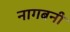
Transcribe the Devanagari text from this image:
नागबनी